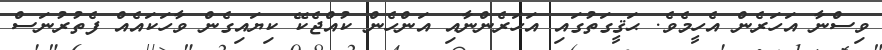
ވިސްނާ އަހަރެން އެހީމެވެ. ޙަޤީގަތުގައި އަހަރެންނާއި އަންހެން ކުއްޖެކޭ ކިޔައިގެން ވާހަކައެއް ފެތުރުނަސް